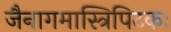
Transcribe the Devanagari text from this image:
जैनागमास्त्रिपिटकः